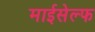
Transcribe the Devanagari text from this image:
माईसेल्फ